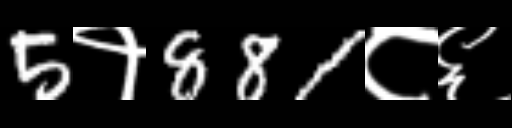
Text: 5१881८६